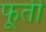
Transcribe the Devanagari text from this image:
फूर्ती